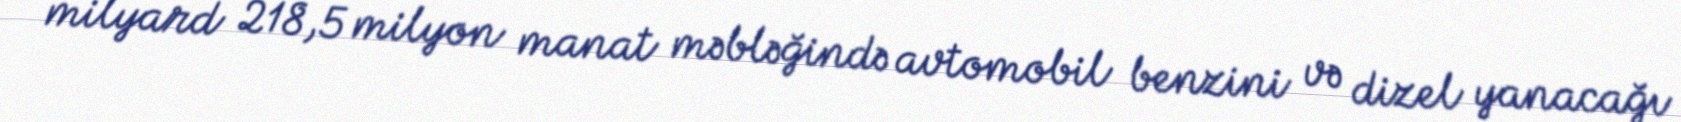
milyard 218,5 milyon manat məbləğində avtomobil benzini və dizel yanacağı